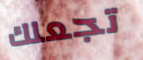
تجعلك